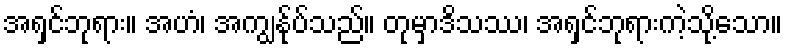
အရှင်ဘုရား။ အဟံ၊ အကျွန်ုပ်သည်။ တုမှာဒိသဿ၊ အရှင်ဘုရားကဲ့သို့သော။